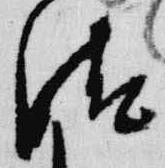
晴